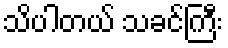
သိပါတယ် သခင်ကြီး